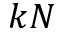
k N